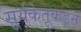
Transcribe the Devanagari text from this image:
सूर्यकेतूकडून